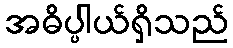
အဓိပ္ပါယ်ရှိသည်